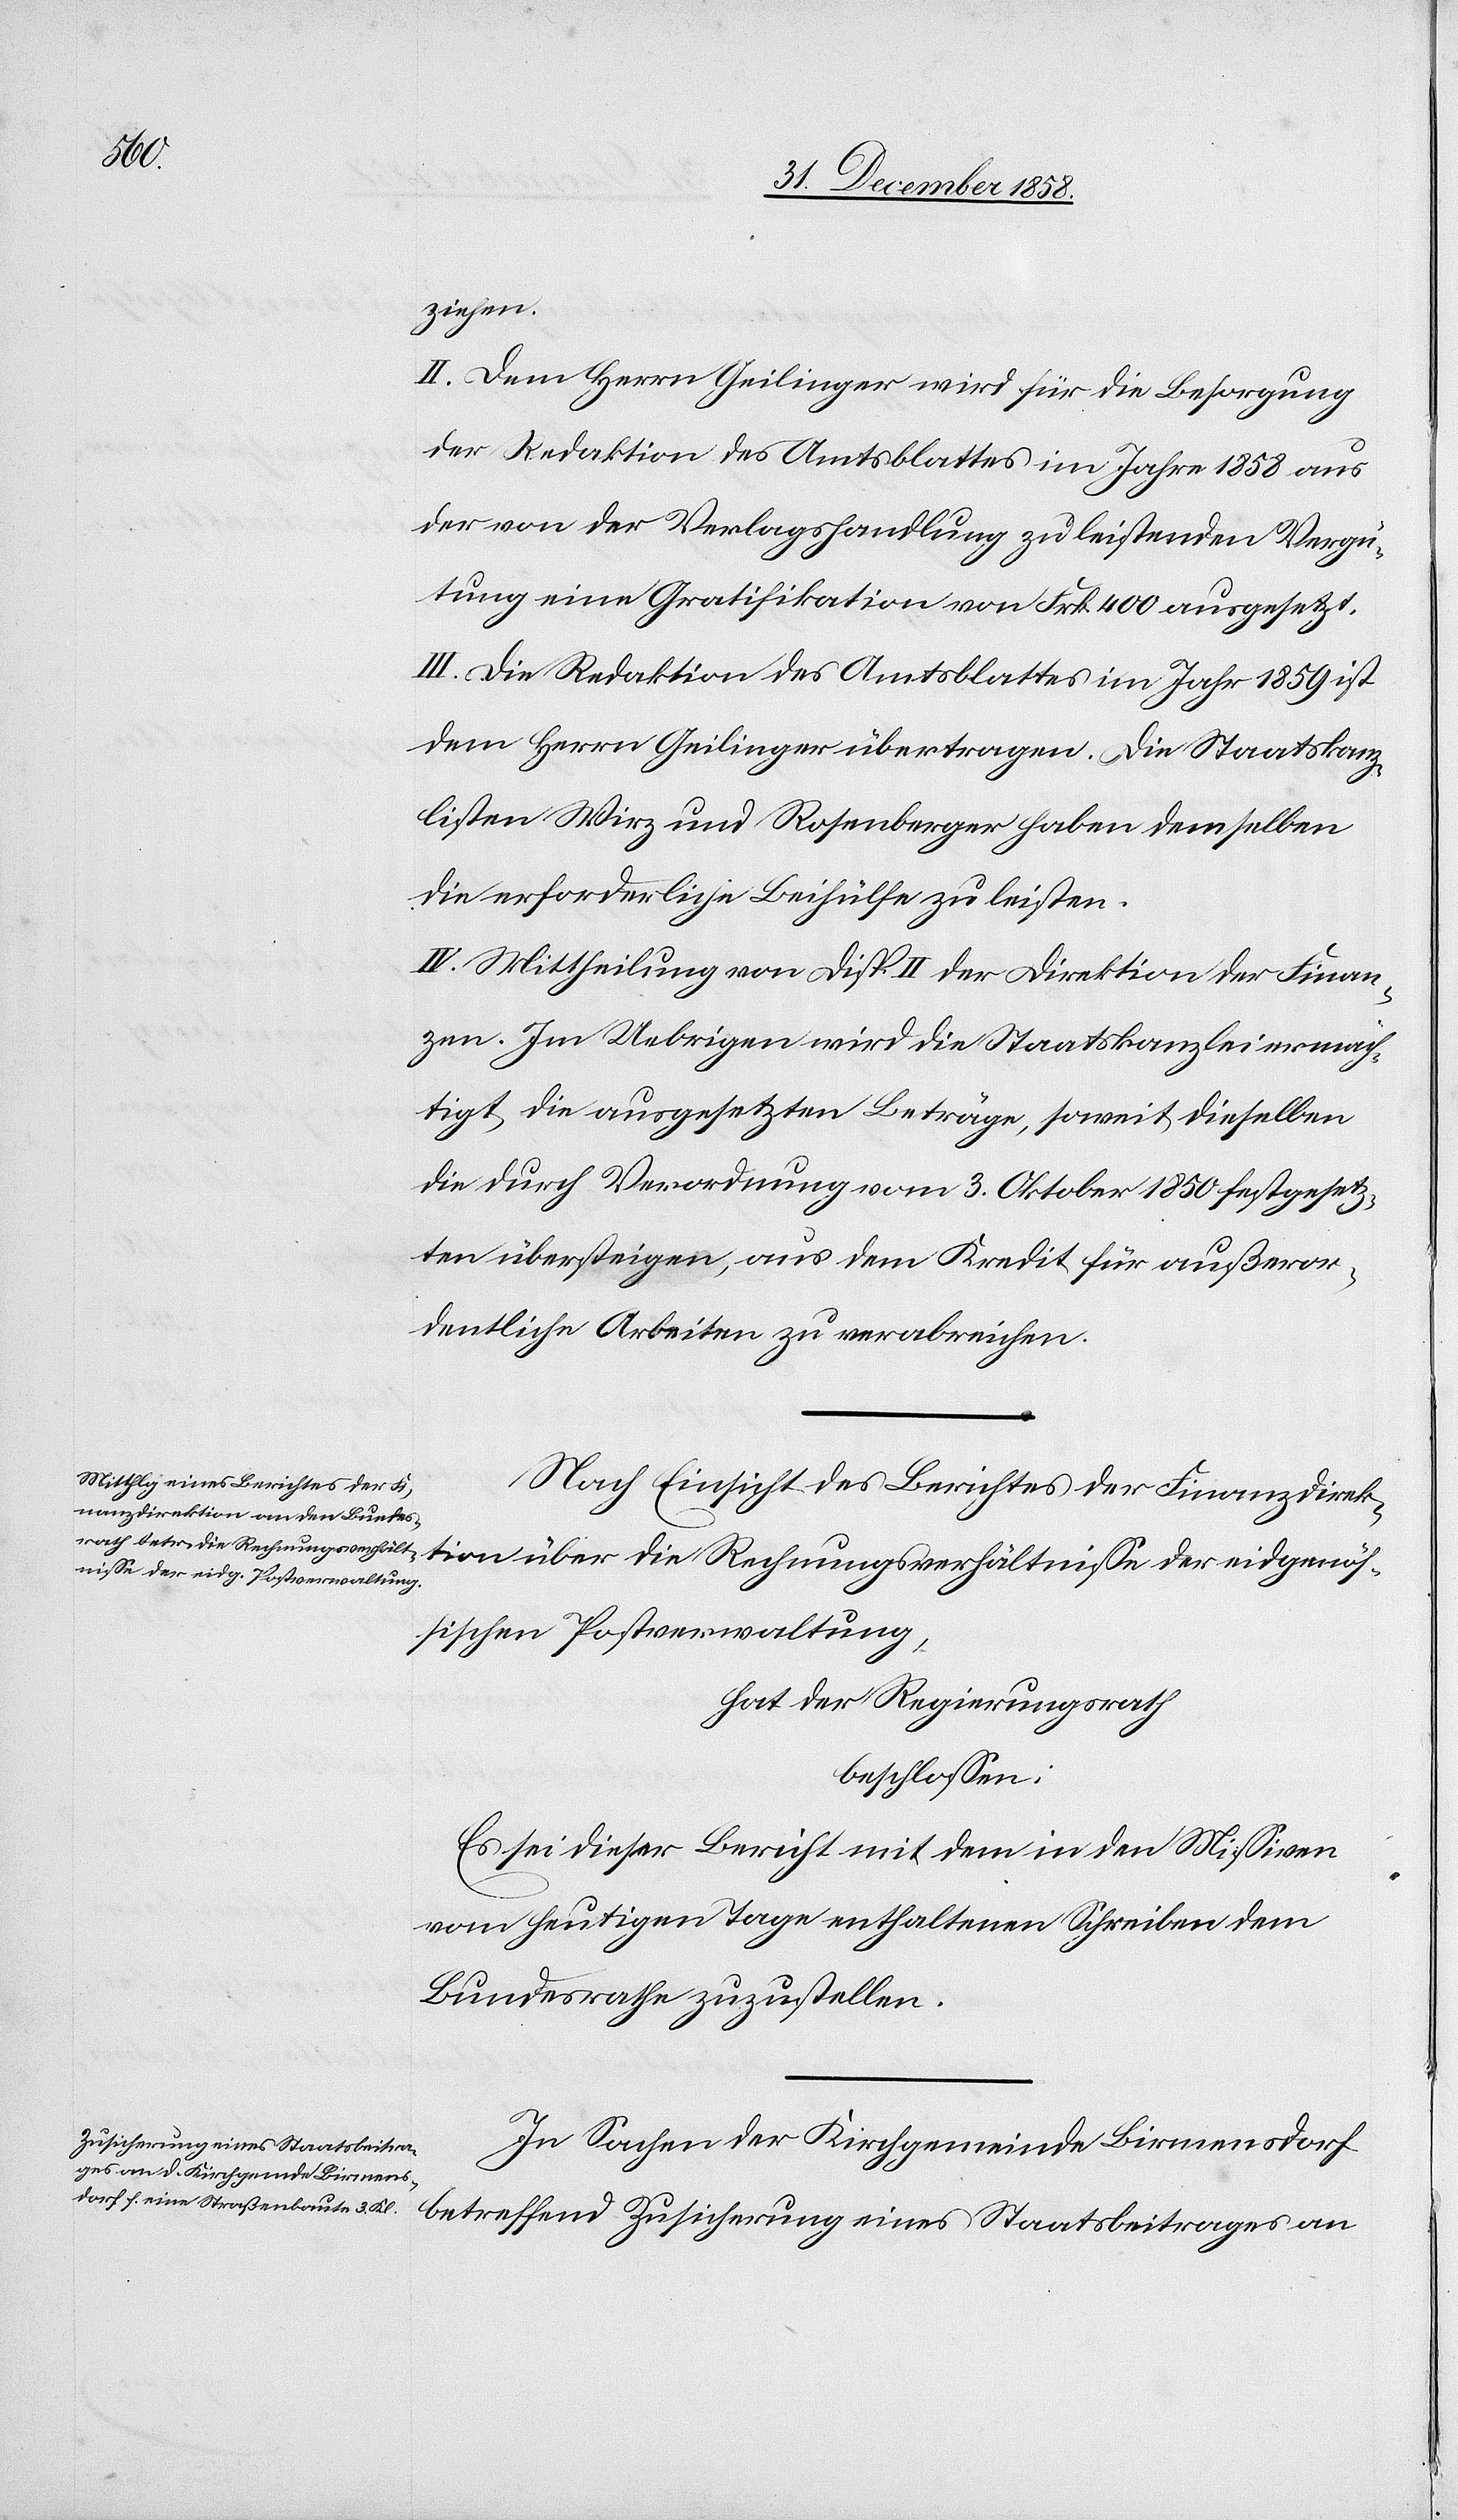
eidgenös¬

ziehen.
II. Dem Herrn Geilinger wird für die Besorgung
der Redaktion des Amtsblattes im Jahre 1858 aus
der von der Verlagshandlung zu leistenden Vergü¬
tung eine Gratifikation von Frk. 400 ausgesetzt.
III. Die Redaktion des Amtsblattes im Jahr 1859 ist
dem Herrn Geilinger übertragen. Die Staatskanz¬
listen Wirz und Rosenberger haben demselben
die erforderliche Beihülfe zu leisten.
IV. Mittheilung von Disp. II der Direktion der Finan¬
zen. Im Uebrigen wird die Staatskanzlei ermäc¬
htigt, die ausgesetzten Beträge, soweit dieselben
die durch Verordnung vom 3. Oktober 1850 festgesetz¬
ten übersteigen, aus dem Kredit für außeror¬
dentliche Arbeiten zu verabreichen.
Nach Einsicht des Berichtes der Finanzdirek¬
sischen Postverwaltung,
hat der Regierungsrath
beschlossen:
Es sei dieser Bericht mit dem in den Missiven
vom heutigen Tage enthaltenen Schreiben dem
Bundesrathe zuzustellen.
In Sachen der Kirchgemeinde Birmensdorf
betreffend Zusicherung eines Staatsbeitrages an